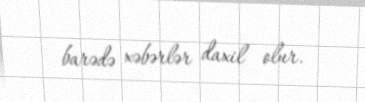
barədə xəbərlər daxil olur.